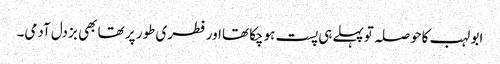
ابو لہب کاحوصلہ توپہلےہی پست ہوچکا تھااورفطری طور پر تھا بھی بزدل آدمی۔